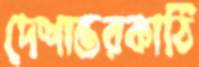
দেশান্তরকাঠি